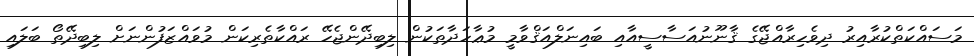
މަސައްކަތްކުރާއިރު ދިވެހިރާއްޖޭގެ ޤާނޫނުއަސާސީއާއި ބައިނަލްއަޤްވާމީ މުޢާހަދާތަކުން ލިބިދޭންޖެހޭ ރައްކާތެރިކަން މުވައްޒަފުންނަށް ލިބިދޭތޯ ބަލައި